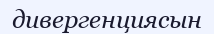
дивергенциясын